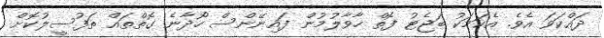
ދައްކަވަ އެވެ. އެކަމަކު ބަޖެޓު ފޮތް ހާވާލުމުން ފައިނޭންސް ހޯދާނެ ގޮތްތައް ތަފުސީލުކޮށް